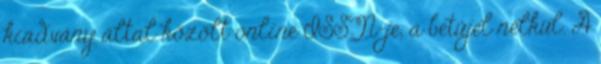
kiadvány által közölt online ISSN-je, a betűjel nélkül. A